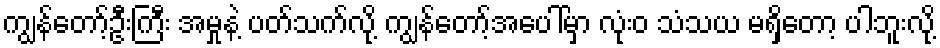
ကျွန်တော့်ဦးကြီး အမှုနဲ့ ပတ်သက်လို့ ကျွန်တော့်အပေါ်မှာ လုံးဝ သံသယ မရှိတော့ ပါဘူးလို့